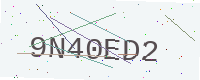
Text: 9N40ED2